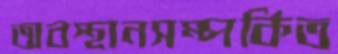
অবস্থানসম্পর্কিত